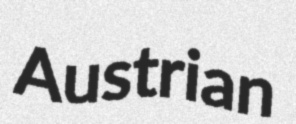
Austrian